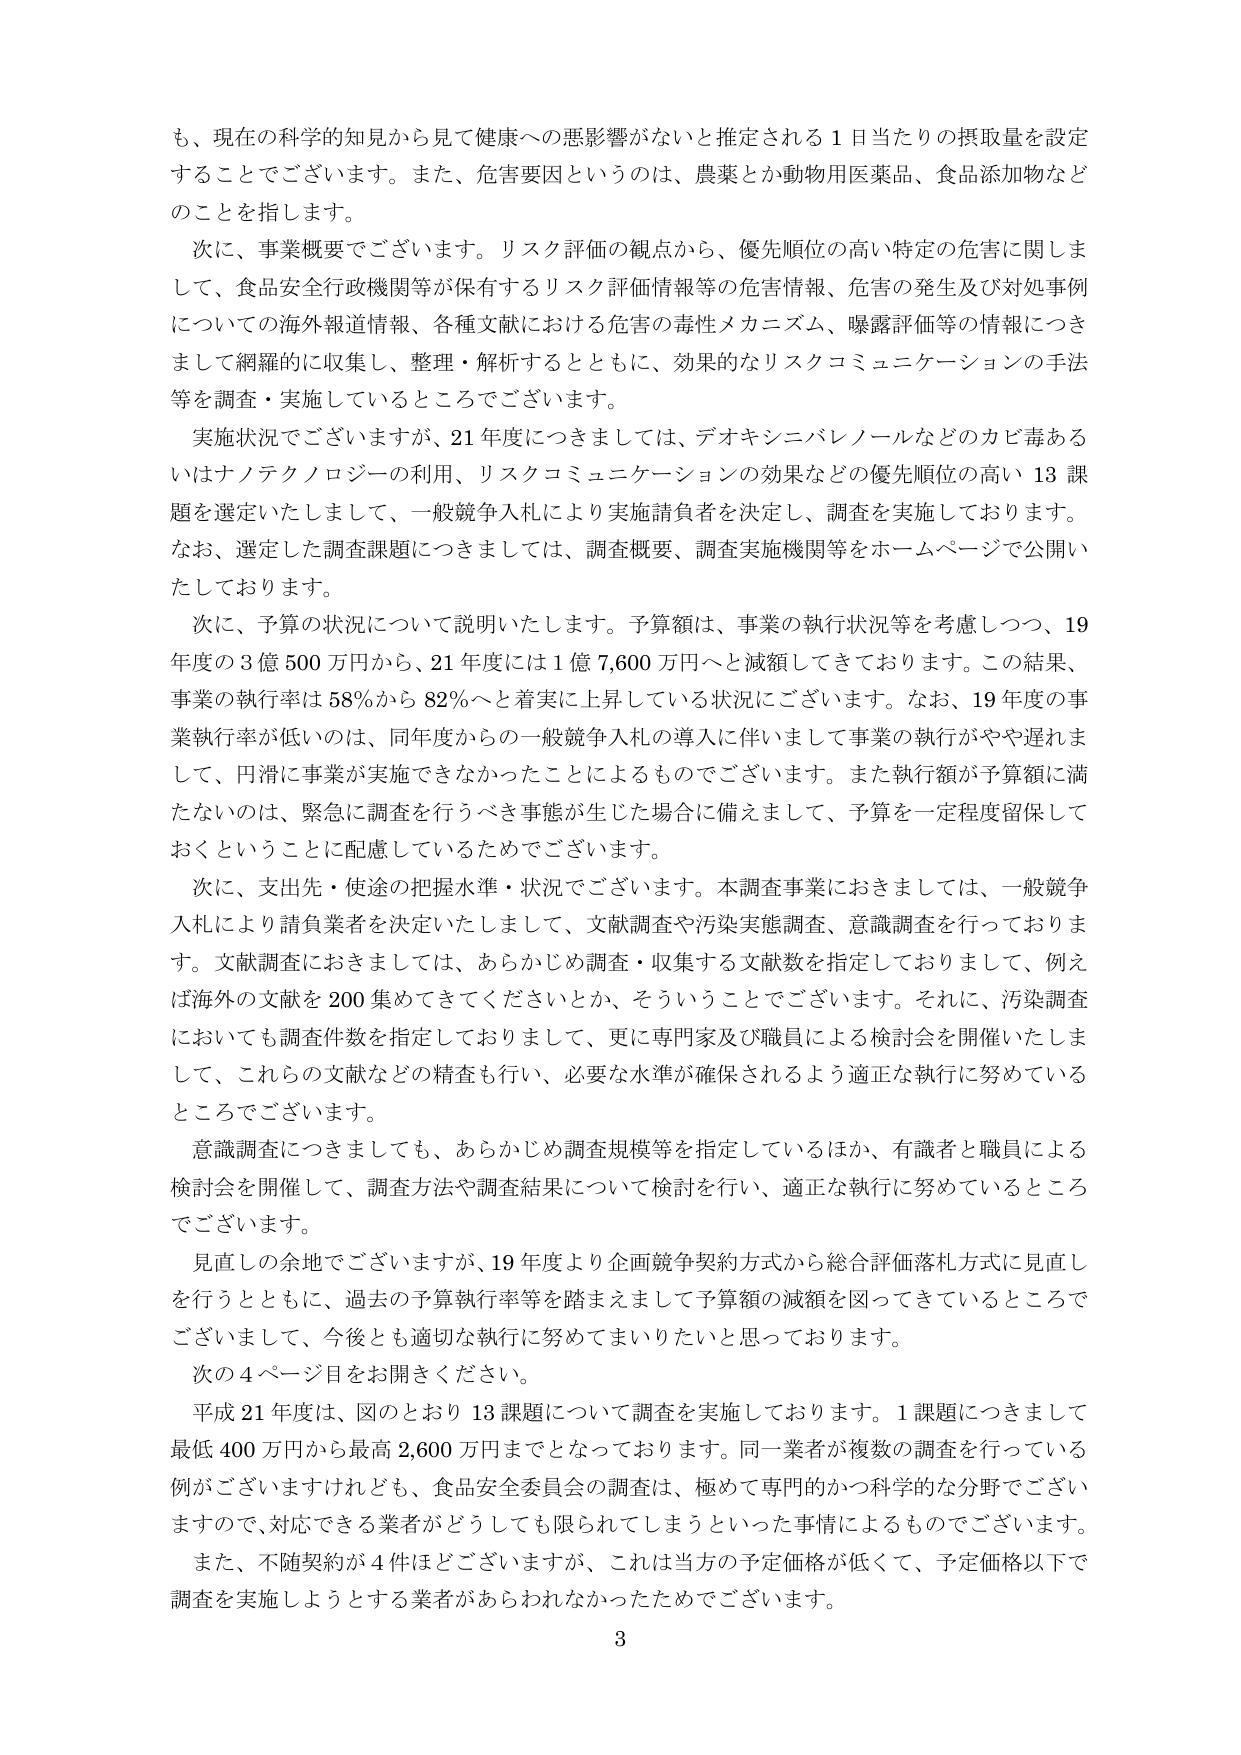
も、現在の科学的知見から見て健康への悪影響がないと推定される１日当たりの摂取量を設定
することでございます。また、危害要因というのは、農薬とか動物用医薬品、食品添加物など
のことを指します。
次に、事業概要でございます。リスク評価の観点から、優先順位の高い特定の危害に関しま
して、食品安全行政機関等が保有するリスク評価情報等の危害情報、危害の発生及び対処事例
についての海外報道情報、各種文献における危害の毒性メカニズム、曝露評価等の情報につき
まして網羅的に収集し、整理・解析するとともに、効果的なリスクコミュニケーションの手法
等を調査・実施しているところでございます。
実施状況でございますが、21年度につきましては、デオキシニバレノールなどのカビ毒ある
いはナノテクノロジーの利用、リスクコミュニケーションの効果などの優先順位の高い13課
題を選定いたしまして、一般競争入札により実施請負者を決定し、調査を実施しております。
なお、選定した調査課題につきましては、調査概要、調査実施機関等をホームページで公開い
たしております。
次に、予算の状況について説明いたします。予算額は、事業の執行状況等を考慮しつつ、19
年度の3億500万円から、21年度には1億7,600万円へと減額してきております。この結果、
事業の執行率は58％から82％へと着実に上昇している状況でございます。なお、19年度の事
業執行率が低いのは、同年度からの一般競争入札の導入に伴いまして事業の執行がやや遅れま
して、円滑に事業が実施できなかったことによるものでございます。また執行額が予算額に満
たないのは、緊急に調査を行うべき事態が生じた場合に備えまして、予算を一定程度留保して
おくということに配慮しているためでございます。
次に、支出先・使途の把握水準・状況でございます。本調査事業におきましては、一般競争
入札により請負業者を決定いたしまして、文献調査や汚染実態調査、意識調査を行っておりま
す。文献調査におきましては、あらかじめ調査・収集する文献数を指定しておりまして、例え
ば海外の文献を200集めてきてくださいとか、そういうことでございます。それに、汚染調査
においても調査件数を指定しておりまして、更に専門家及び職員による検討会を開催いたしま
して、これらの文献などの精査も行い、必要な水準が確保されるよう適正な執行に努めている
ところでございます。
意識調査につきましても、あらかじめ調査規模等を指定しているほか、有識者と職員による
検討会を開催して、調査方法や調査結果について検討を行い、適正な執行に努めているところ
でございます。
見直しの余地でございますが、19年度より企画競争契約方式から総合評価落札方式に見直し
を行うとともに、過去の予算執行率等を踏まえまして予算額の減額を図ってきているところで
ございますし、今後とも適切な執行に努めてまいりたいと思っております。
次の4ページ目をお開きください。
平成21年度は、図のとおり13課題について調査を実施しております。1課題につきまして
最低400万円から最高2,600万円までとなっております。同一業者が複数の調査を行っている
例がございますけれども、食品安全委員会の調査は、極めて専門的かつ科学的な分野でござい
ますので、対応できる業者がどうしても限られてしまうといった事情によるものでございます。
また、不随契約が4件ほどございますが、これは当方の予定価格が低くて、予定価格以下で
調査を実施しようとする業者があらわれなかったためでございます。
3